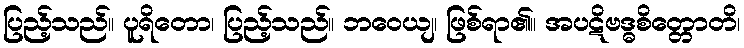
ပြည့်သည်။ ပူရိတော၊ ပြည့်သည်။ ဘဝေယျ၊ ဖြစ်ရာ၏။ အပဋိဗဒ္ဓစိတ္တောတိ၊